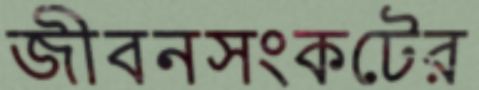
জীবনসংকটের